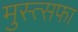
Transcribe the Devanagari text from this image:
मुस्त्सफा